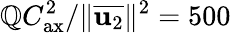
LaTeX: \mathbb{Q}C_{\mathrm{{ax}}}^{2}/\Vert\overline{{{\mathbf{{u}}_{2}}}}\Vert^{2}=500